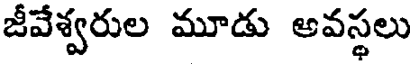
జీవేశ్వరుల మూడు అవస్థలు